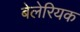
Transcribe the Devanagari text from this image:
बेलेरियक